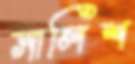
সালিশ